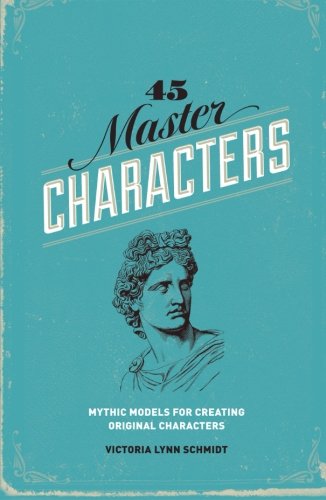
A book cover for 45 Master Characters: Mythic Models for Creating Original Characters, Revised Edition; Victoria Lynn Schmidt; Reference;